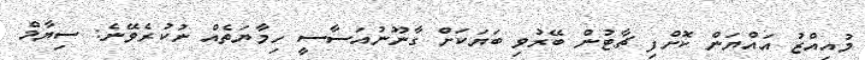
މުއިއްޒު އައްޔަން ކޮށްފި ޗާޓުން ބޭރުވި ބަޔަކަށް ގާނޫނުއަސާސީ ހިމާޔަތެއް ނުކުރެވޭނެ: ސިޔާމް